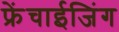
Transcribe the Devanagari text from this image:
फ्रेंचाईजिंग